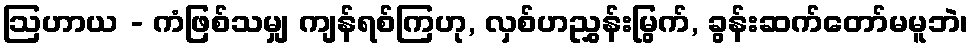
ဩဟာယ - ကံဖြစ်သမျှ ကျန်ရစ်ကြဟု, လှစ်ဟညွှန်းမြွက်, ခွန်းဆက်တော်မမူဘဲ၊